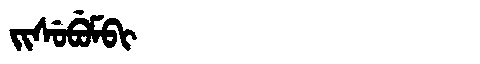
Manchu: ᠵᡳᠰᡠᠪᡠᠮᠪᡳ
Romanization: JISUBUMBI